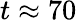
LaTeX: t\approx 70